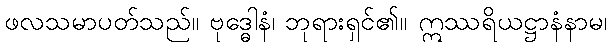
ဖလသမာပတ်သည်။ ဗုဒ္ဓေါနံ၊ ဘုရားရှင်၏။ ဣဿရိယဋ္ဌာနံနာမ၊